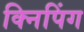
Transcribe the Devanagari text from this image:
क्निपिंग